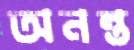
অনন্ত